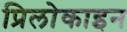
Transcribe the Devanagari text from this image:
प्रिलोकाइन